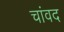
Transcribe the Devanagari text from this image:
चांवद